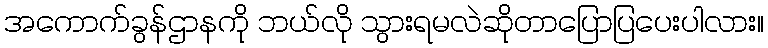
အကောက်ခွန်ဌာနကို ဘယ်လို သွားရမလဲဆိုတာပြောပြပေးပါလား။